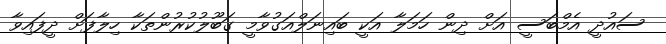
ސައުދީ އެމްބަސީ އަށް ދިން ހަމަލާ އަކީ ބައިނަލްއަގުވާމީ ގަބޫލުކުރުންތަކާ ހިލާފަށް ދީފައިވާ